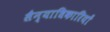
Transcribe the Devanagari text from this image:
सैन्याधिकारियों